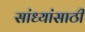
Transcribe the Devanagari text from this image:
सांध्यांसाठी